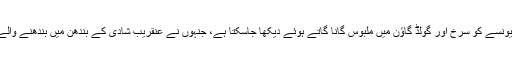
سوشل میڈیا پر شیئر کی گئی ویڈیوز میں بیونسے کو سرخ اور گولڈ گاؤن میں ملبوس گانا گاتے ہوئے دیکھا جاسکتا ہے، جنہوں نے عنقریب شادی کے بندھن میں بندھنے والے جوڑے کے لیے ایک رومانٹک گانا گایا۔